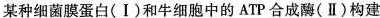
某种细菌膜蛋白(Ⅰ)和牛细胞中的ATP合成酶(Ⅱ)构建